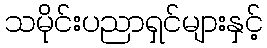
သမိုင်းပညာရှင်များနှင့်